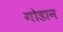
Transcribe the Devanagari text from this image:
गोडान